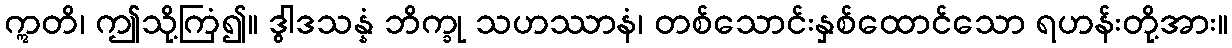
ဣတိ၊ ဤသို့ကြံ၍။ ဒွါဒသန္နံ ဘိက္ခု သဟဿာနံ၊ တစ်သောင်းနှစ်ထောင်သော ရဟန်းတို့အား။